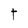
Character: T